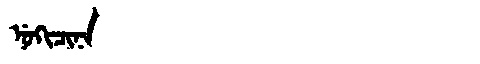
Manchu: ᠨᡠᡴᡳᠴᡳᠨᠠ
Romanization: NUKICINA